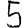
Digit: 5